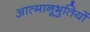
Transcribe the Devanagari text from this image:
आत्मानूभुतियों